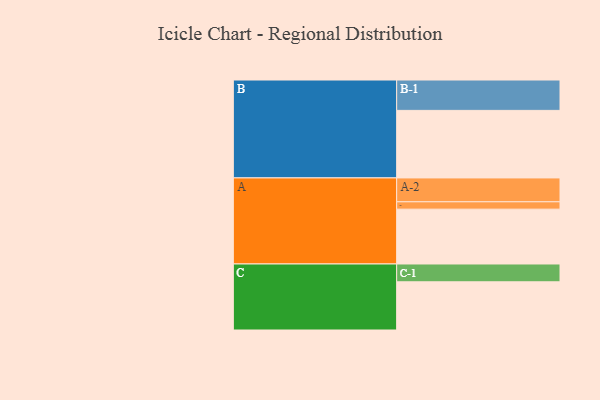
{"axis": {"x": "Segment", "y": "Value"}, "legend": ["", "A", "B", "C"], "data": [{"x": "A", "y": 462, "type": ""}, {"x": "B", "y": 569, "type": ""}, {"x": "C", "y": 406, "type": ""}, {"x": "A-1", "y": 62, "type": "A"}, {"x": "A-2", "y": 201, "type": "A"}, {"x": "B-1", "y": 256, "type": "B"}, {"x": "C-1", "y": 150, "type": "C"}]}